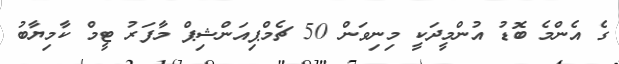
ގެ އެންމެ ބޮޑު އުންމީދަކީ މިނިވަން 50 ޗެމްޕިއަންޝިޕް މާފަރު ޓީމް ކާމިޔާބު